Torma_(Votikvere)_vallavalitsus, lk 60
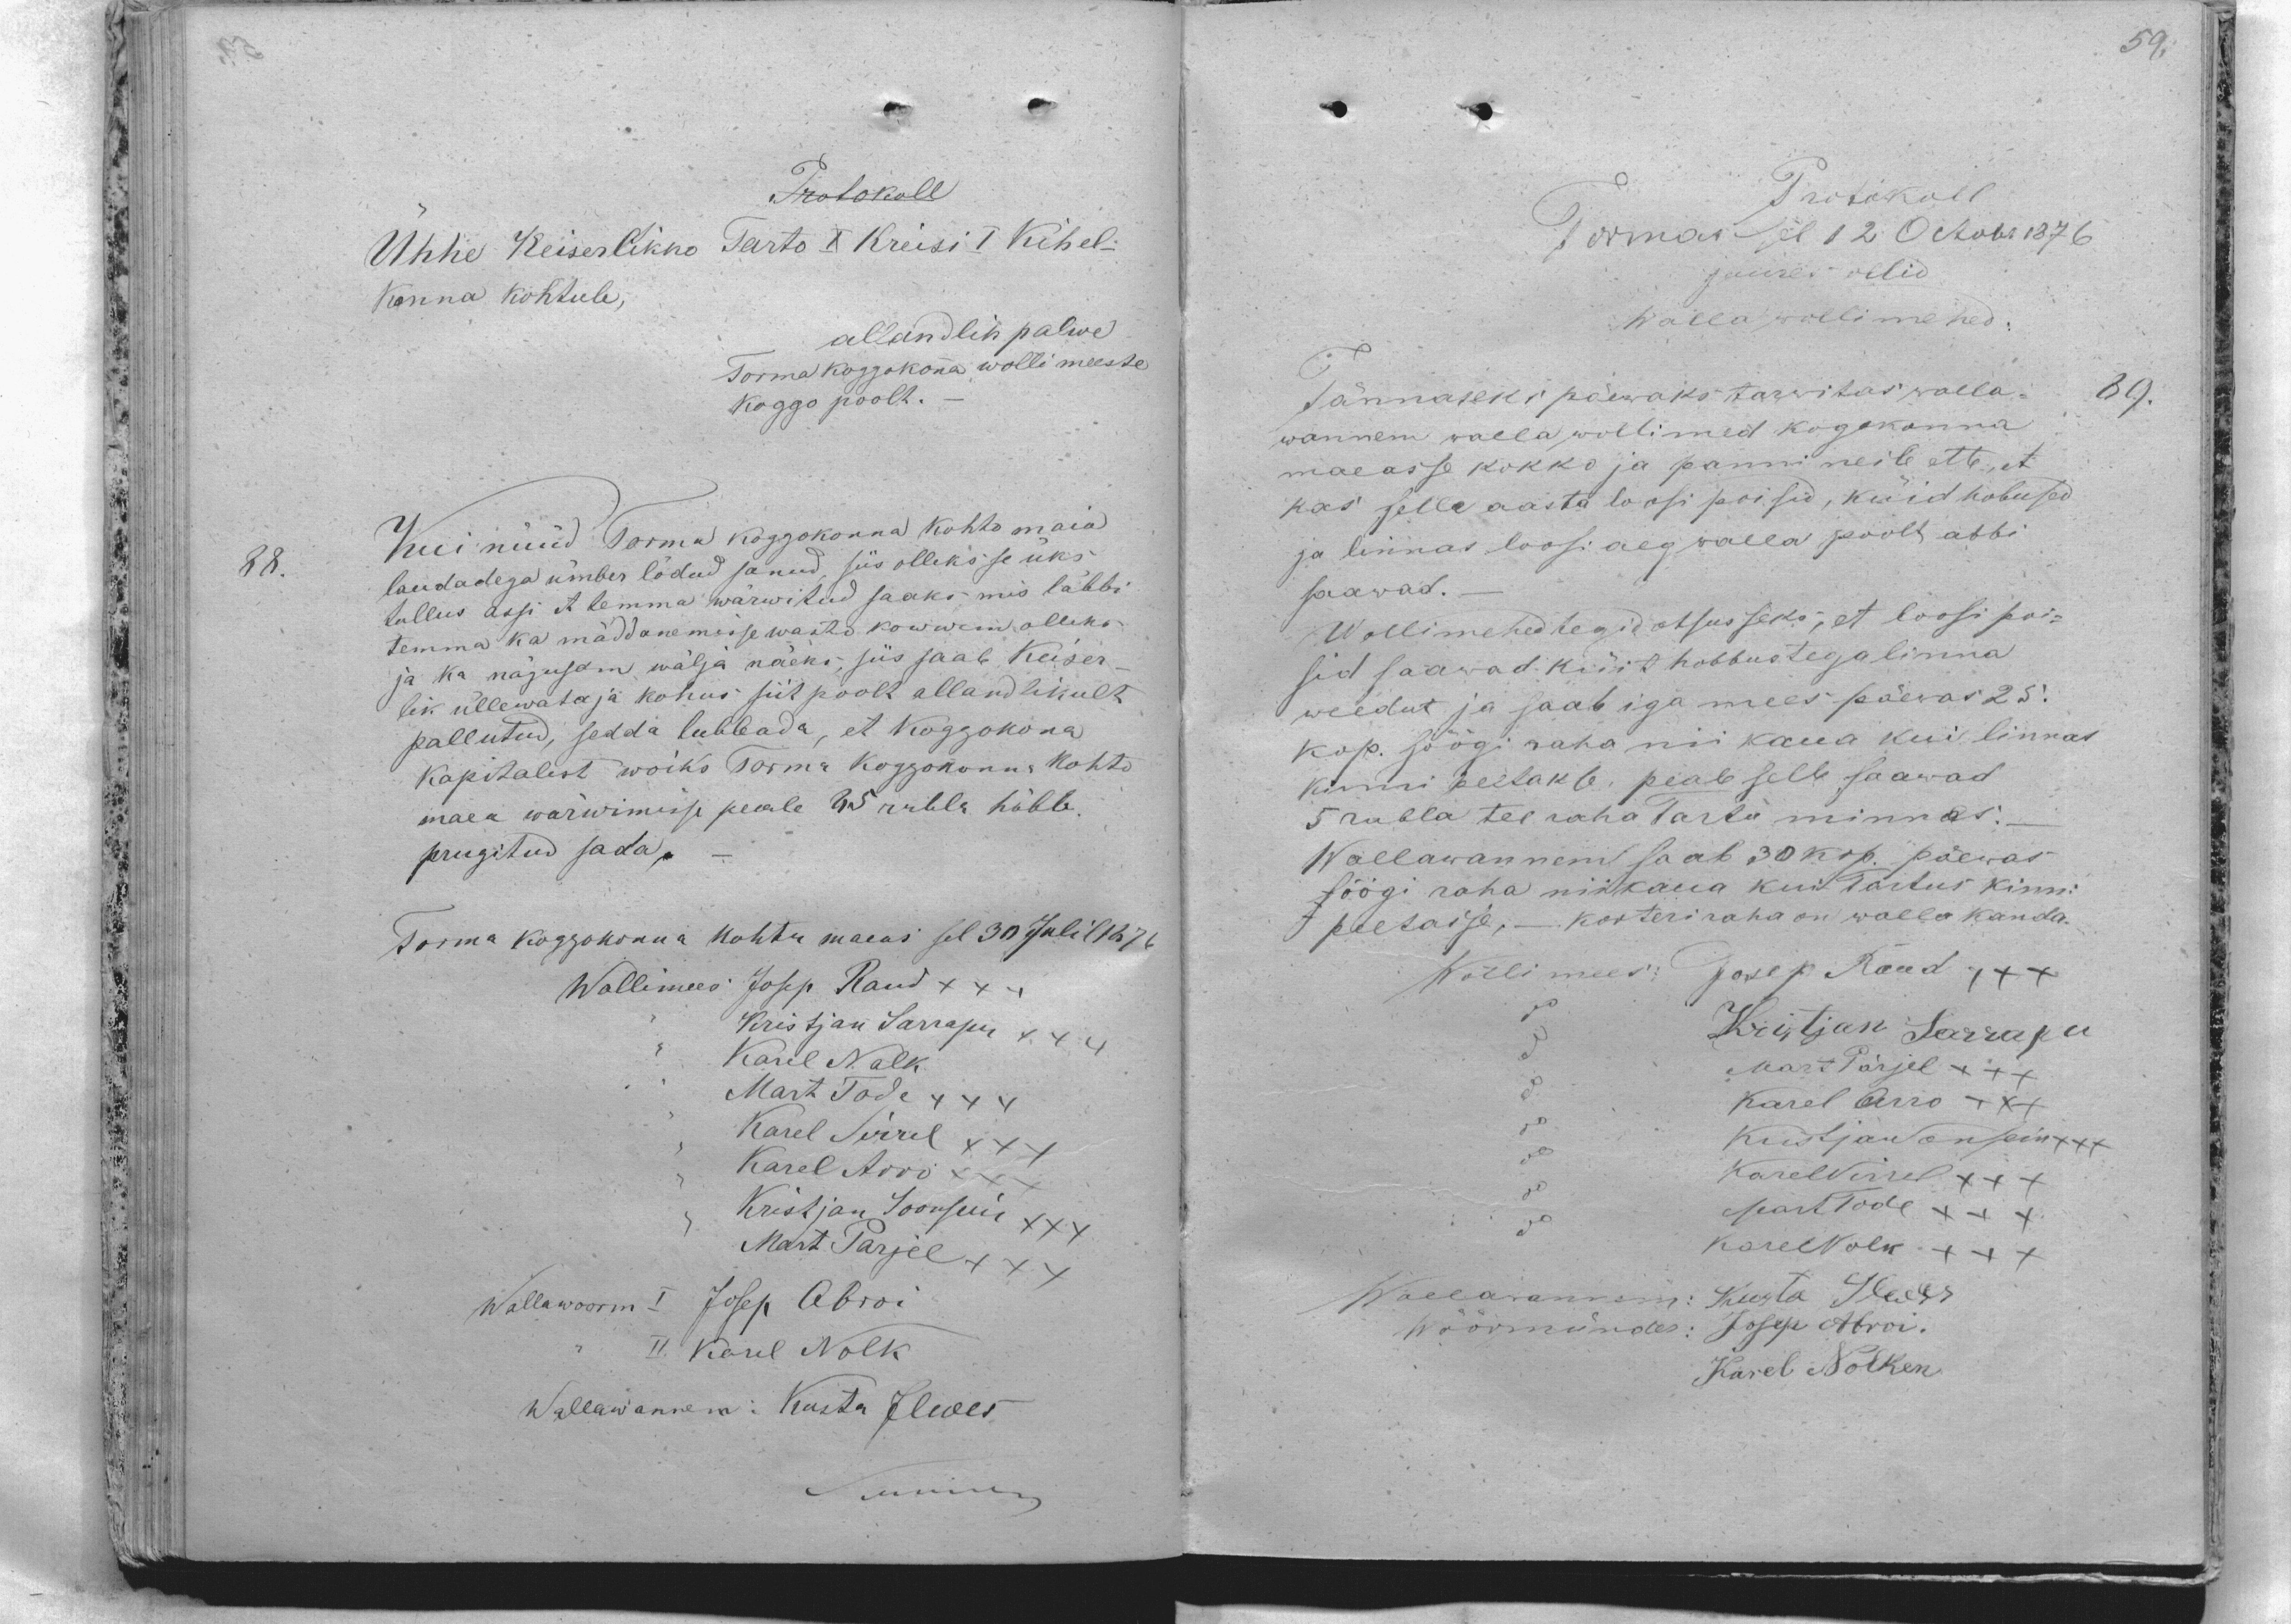
Protokoll
Ühhe Keiserlikko Tarto I Kreisi I Kihel-
Konna kohtule,
allandlik palwe
Torma koggokonna wollimeeste
Koggo poolt.
88. Kui nüüd Torma koggokonna kohto maia
laudadega ümber lödud sanud, siis olleks se üks
tullus assi et temma wärwitud saaks mis läbbi
temma ka mäddanemisse wasto kowwem olleks
ja ka nägusam wälja näeks, siis saab Keiser-
lik üllewataja kohus siit poolt allandlikult
pallutud, sedda lubbada, et koggokona
Kapitalist woiks Torma koggokonna Kohto
maea wärwimisse peale 25 rubla hõbb.
prugitud sada.
Torma koggokonna kohtu maeas sel 30 Julil 1876
Wollimees Josep Raud XXX
Kristjan Sarrapu XXX
Karel Nolk
Mart Tode XXX
Karel Sirrel XXX
Karel Arro XX
Kristjan Soonsein XXX
Mart Pärjel XXX
Wallawoorm I Josep Abroi
II Karel Nolk
Wallawannem: Kusta Ilwes
Summer

Protokoll
Tormas sel 12 Oсtobr 1876
juures ollid
Walla wollimehed:
89.
Tännaseks päewaks tarwitas walla-
wannem wallawollimed kogokonna
maeasse kokko ja panni neile ette, et
kas selle aasta loosi poisid, küid hobused
ja linnas loosi aeg walla poolt abbi
saawad.
Wollimehed tegid otsusseks, et loosi poi-
sid saawad küit hobbustega linna
weedut ja saab iga mees päewas 25.
kop söögi raha nii kaua kui linnas
kinni peetake, peale selle saawad
5 rubla tee raha Tartu minnes.
Wallawannem saab 30 kop. päewas
söögi raha niitkaua kui Tartus kinni
peetasse, - korteri raha on waela kanda.
Wollimees: Josep Raud XXX
Kristjan Sarrapu
Mart Pärjel XXX
Karel Arro XXX
Kristjan Sonsein XXX
Karel Sirrel XXX
Mart Tode rXXX
Karel Nolk XXX
Wallawannem: Kusta Ilwes
Wöörmünder: Joep Abroi.
Karel Nolken